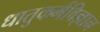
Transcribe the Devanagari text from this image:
धातुकर्मविज्ञान